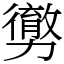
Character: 勶